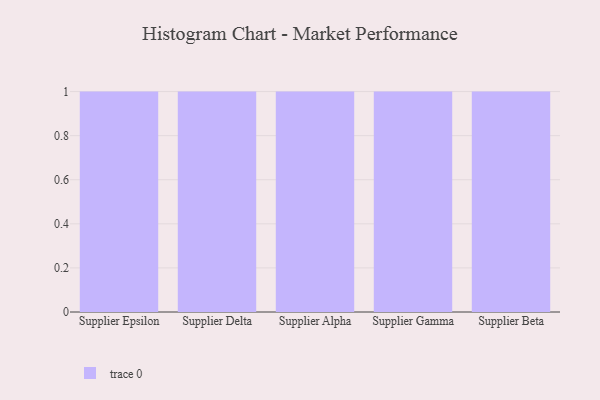
{"axis": {"x": "Supplier", "y": "Latency (ms)"}, "legend": [""], "data": [{"x": "Supplier Epsilon", "y": 78, "type": ""}, {"x": "Supplier Delta", "y": 55, "type": ""}, {"x": "Supplier Alpha", "y": 60, "type": ""}, {"x": "Supplier Gamma", "y": 65, "type": ""}, {"x": "Supplier Beta", "y": 52, "type": ""}]}